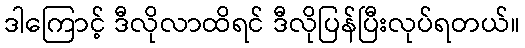
ဒါကြောင့် ဒီလိုလာထိရင် ဒီလိုပြန်ပြီးလုပ်ရတယ်။